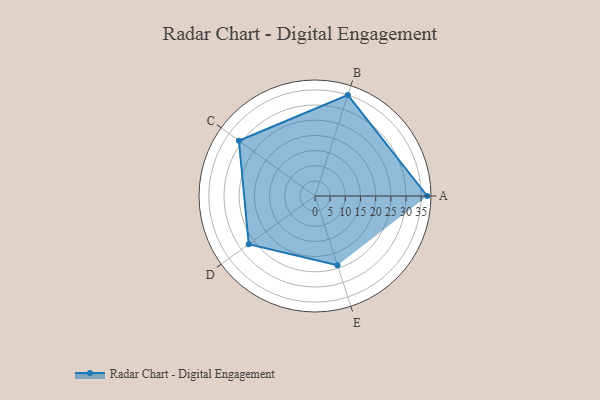
{"axis": {"x": "Skill", "y": "Score"}, "legend": ["Profile"], "data": [{"x": "A", "y": 37.0, "type": "Profile"}, {"x": "B", "y": 35.0, "type": "Profile"}, {"x": "C", "y": 31.0, "type": "Profile"}, {"x": "D", "y": 27.0, "type": "Profile"}, {"x": "E", "y": 24.0, "type": "Profile"}]}